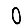
Digit: 0